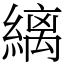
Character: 縭